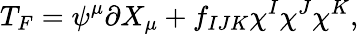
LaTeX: T_{F}=\psi^{\mu}\partial X_{\mu}+f_{IJK}\chi^{I}\chi^{J}\chi^{K},